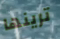
ترينها